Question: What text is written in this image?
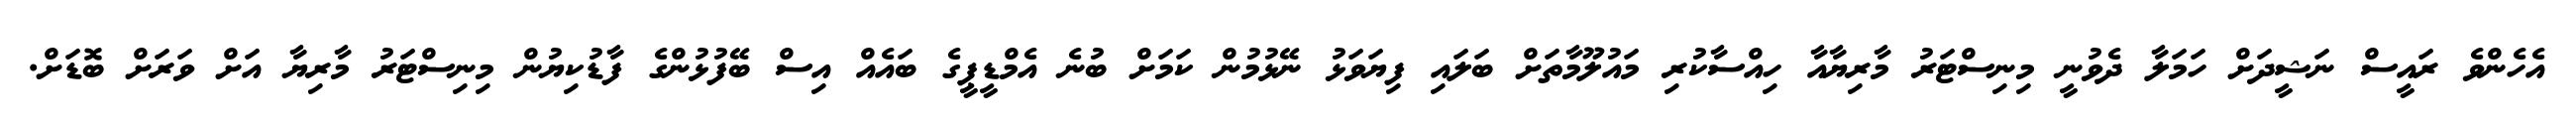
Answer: އެހެންވެ ރައީސް ނަޝީދަށް ހަމަލާ ދެވުނީ މިނިސްޓަރު މާރިޔާއާ ހިއްސާކުރި މައުލޫމާތަށް ބަލައި ފިޔަވަޅު ނޭޅުމުން ކަމަށް ބުނެ އެމްޑީޕީގެ ބައެއް އިސް ބޭފުޅުންގެ ފާޑުކިޔުން މިނިސްޓަރު މާރިޔާ އަށް ވަރަށް ބޮޑަށް.